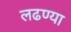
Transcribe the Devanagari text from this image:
लढण्या